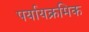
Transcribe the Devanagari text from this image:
पर्यायक्रमिक